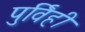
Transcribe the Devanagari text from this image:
पुर्विही